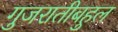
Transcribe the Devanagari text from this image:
गुजरातीबहुल